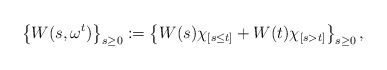
\begin{align*} \left\{W(s,\omega ^{t})\right\}_{s\ge0}:=\left\{W(s)\chi_{[s\le t]}+W(t)\chi_{[s>t]}\right\}_{s\ge0},\end{align*}